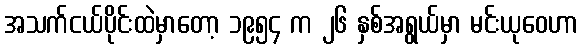
အသက်ငယ်ပိုင်းထဲမှာတော့ ၁၉၅၄ က ၂၆ နှစ်အရွယ်မှာ မင်းယုဝေဟာ